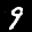
Label: 9